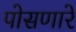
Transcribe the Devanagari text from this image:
पोसणारे